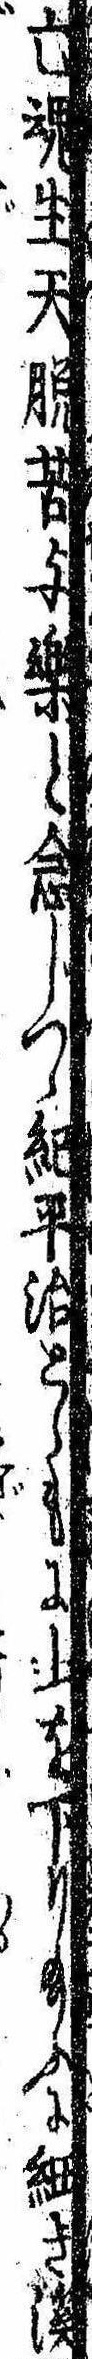
亡魂生天脱苦与楽と念じつゝ紀平治とゝもに山を下り給ふに細き渓